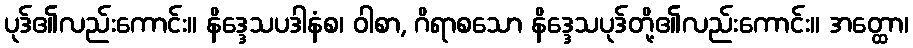
ပုဒ်၏လည်းကောင်း။ နိဒ္ဒေသပဒါနံစ၊ ဝါစာ, ဂိရာစသော နိဒ္ဒေသပုဒ်တို့၏လည်းကောင်း။ အတ္ထော၊